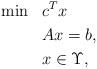
LaTeX: \begin{align*} \min~~ & c^T x \\ ~~ & Ax=b, \\ ~~& x\in \Upsilon, \end{align*}